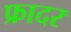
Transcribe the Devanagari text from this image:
फ्रादर